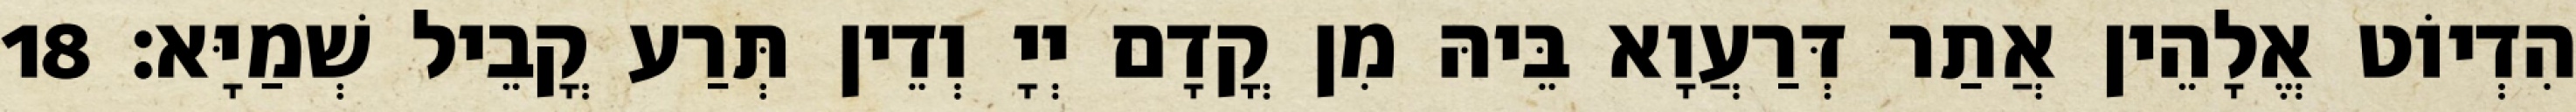
הִדְיוֹט אֱלָהֵין אֲתַר דְּרַעֲוָא בֵּיהּ מִן קֳדָם יְיָ וְדֵין תְּרַע קֳבֵיל שְׁמַיָּא׃ 18